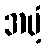
အပံ့